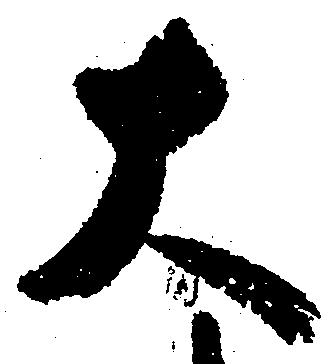
大